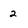
Character: 2